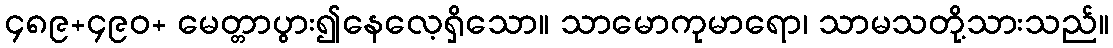
၄၈၉+၄၉၀+ မေတ္တာပွား၍နေလေ့ရှိသော။ သာမောကုမာရော၊ သာမသတို့သားသည်။